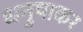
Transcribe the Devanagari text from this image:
धनुषाकर